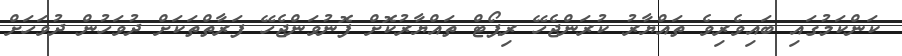
ކަންކަމުގައި ބައިވެރިވެ ތައްޔާރު ކުރަންޖެހޭ ރިޕޯޓް ތައްޔާރުކޮށް ފޮނުވަންޖެހޭ ފަރާތްތަކަށް ދުވަހުން ދުވަހަށް